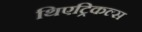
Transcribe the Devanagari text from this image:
थिएट्रिकल्स